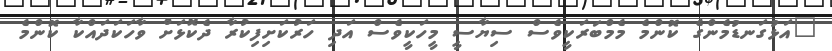
"އަޅުގަނޑުމެންގެ ކޮންމެ މެމްބަރަކީވެސް ސިޔާސީ މީހަކީވެސް އަދި ހަރުކަށިފިކުރާ ދެކޮޅަށް ވާހަކަދައްކާ ކޮންމެ